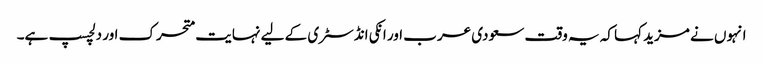
انہوں نے مزید کہا کہ یہ وقت سعودی عرب اور انکی انڈسٹری کے لیے نہایت متحرک اور دلچسپ ہے۔